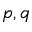
p , q